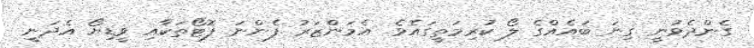
ގެންދެވުނީ ގިނަ ބައެއްގެ ލޯ ކުރިމަތީގައެވެ. އެމަންޒަރު ފެންނަ ފޮޓޯތަކާއި ވީޑިޔޯ އެދަނީ